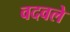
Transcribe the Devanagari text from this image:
वदवले